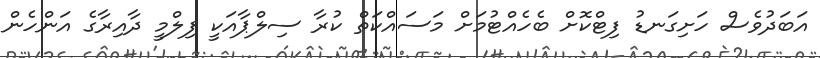
އަބަދުވެސް ހަށިގަނޑު ފިޓްކޮށް ބެހެއްޓުމަށް މަސައްކަތް ކުރާ ސިލްޕާއަކީ ފިލްމީ ދާއިރާގެ އަންހެން